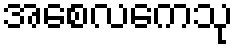
အစေလကေသု